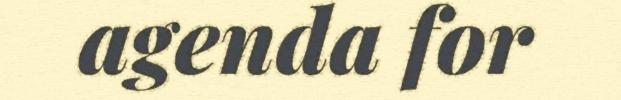
agenda for